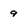
Character: 9